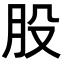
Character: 股